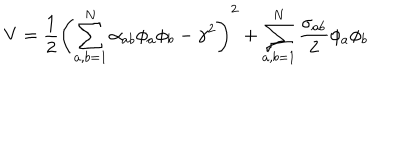
V = \frac { 1 } { 2 } \left( \sum _ { a , b = 1 } ^ { N } \alpha _ { a b } \phi _ { a } \phi _ { b } - \gamma ^ { 2 } \right) ^ { 2 } + \sum _ { a , b = 1 } ^ { N } \frac { \sigma _ { a b } } { 2 } \phi _ { a } \phi _ { b }